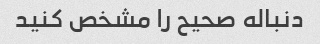
دنباله صحیح را مشخص کنید